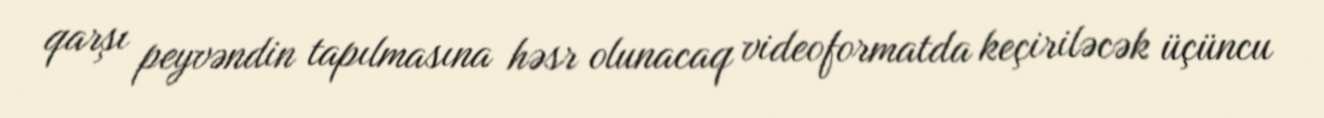
qarşı peyvəndin tapılmasına həsr olunacaq videoformatda keçiriləcək üçüncu